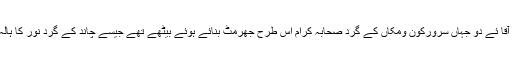
ایک دفعہ آقا ئے دو جہاں سرورکون ومکاں کے گرد صحابہ کرام اس طرح جھرمٹ بنائے ہوئے بیٹھے تھے جیسے چاند کے گرد نور کا ہالہ ہوتا ہے۔